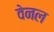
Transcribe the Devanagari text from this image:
वेनल